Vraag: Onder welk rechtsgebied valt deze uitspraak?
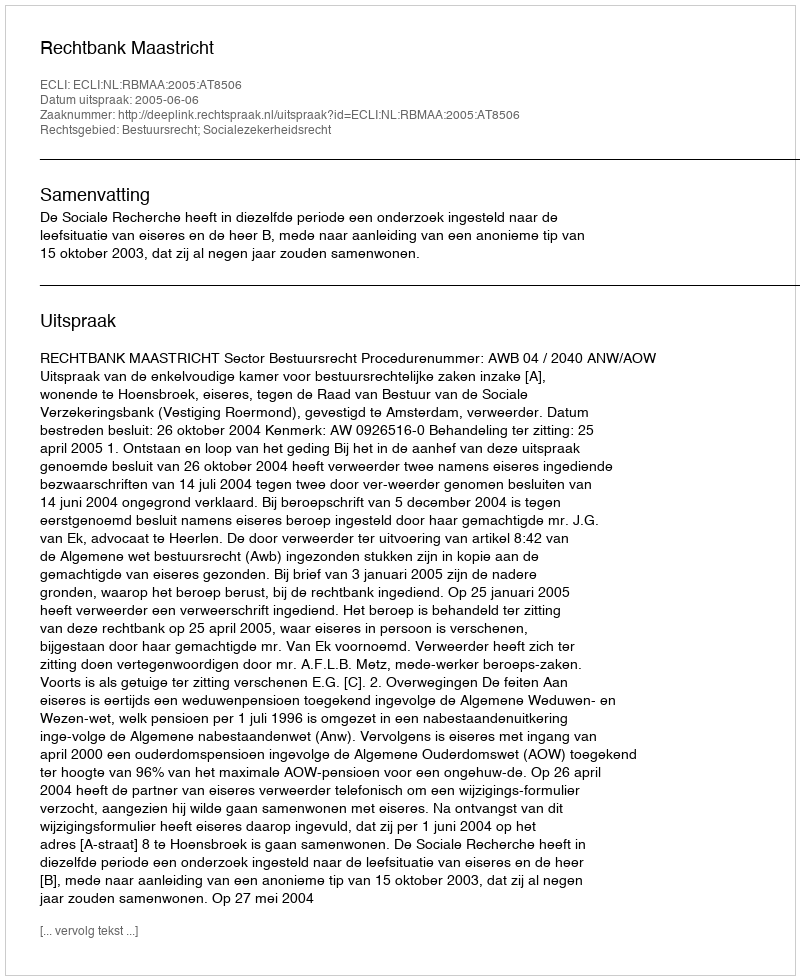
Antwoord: Bestuursrecht; Socialezekerheidsrecht